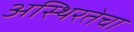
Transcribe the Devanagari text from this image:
अस्थिरतेचा